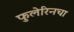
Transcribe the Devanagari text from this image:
फुलेरिनचा